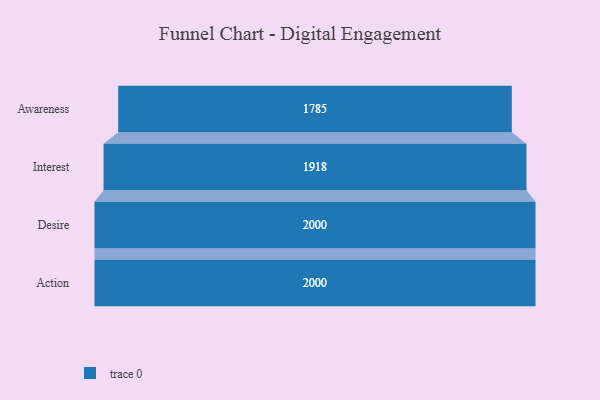
{"axis": {"x": "Stage", "y": "Value"}, "legend": [""], "data": [{"x": "Awareness", "y": 1785.0, "type": ""}, {"x": "Interest", "y": 1918.0, "type": ""}, {"x": "Desire", "y": 2000, "type": ""}, {"x": "Action", "y": 2000, "type": ""}]}